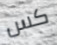
كس